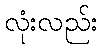
လုံးလည်း